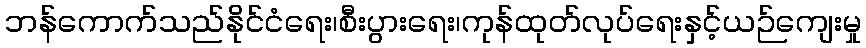
ဘန်ကောက်သည်နိုင်ငံရေး၊စီးပွားရေး၊ကုန်ထုတ်လုပ်ရေးနှင့်ယဉ်ကျေးမှု